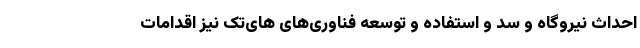
احداث نیروگاه و سد و استفاده و توسعه فناوری‌های های‌تک نیز اقدامات